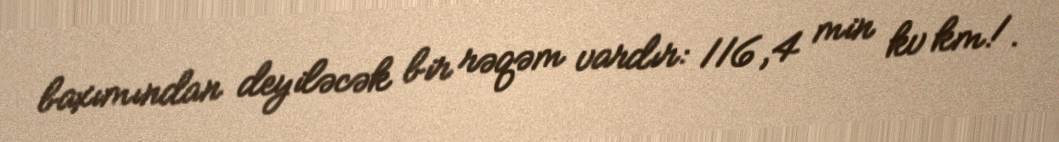
baxımından deyiləcək bir rəqəm vardır: 116,4 min kv km!.